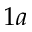
1 a